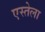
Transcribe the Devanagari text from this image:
एस्तेला